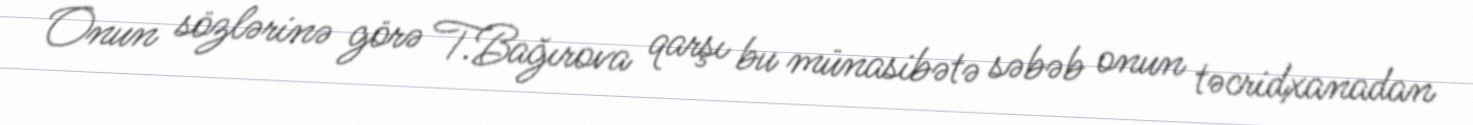
Onun sözlərinə görə T.Bağırova qarşı bu münasibətə səbəb onun təcridxanadan